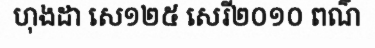
ហុងដា សេ១២៥ សេរី២០១០ ពណ៌